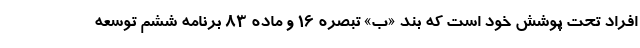
افراد تحت پوشش خود است که بند «ب» تبصره 16 و ماده 83 برنامه ششم توسعه